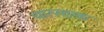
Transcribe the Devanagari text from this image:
चारसप्टक